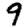
Digit: 9